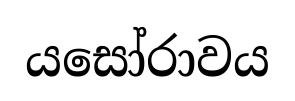
යසෝරාවය